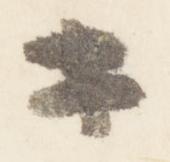
等